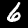
Digit: 6